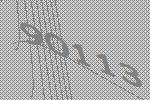
90113